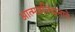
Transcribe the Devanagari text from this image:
आत्मबलिदानाने